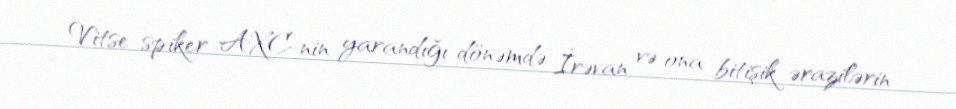
Vitse-spiker AXC-nin yarandığı dönəmdə İrəvan və ona bitişik ərazilərin